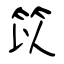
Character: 笖